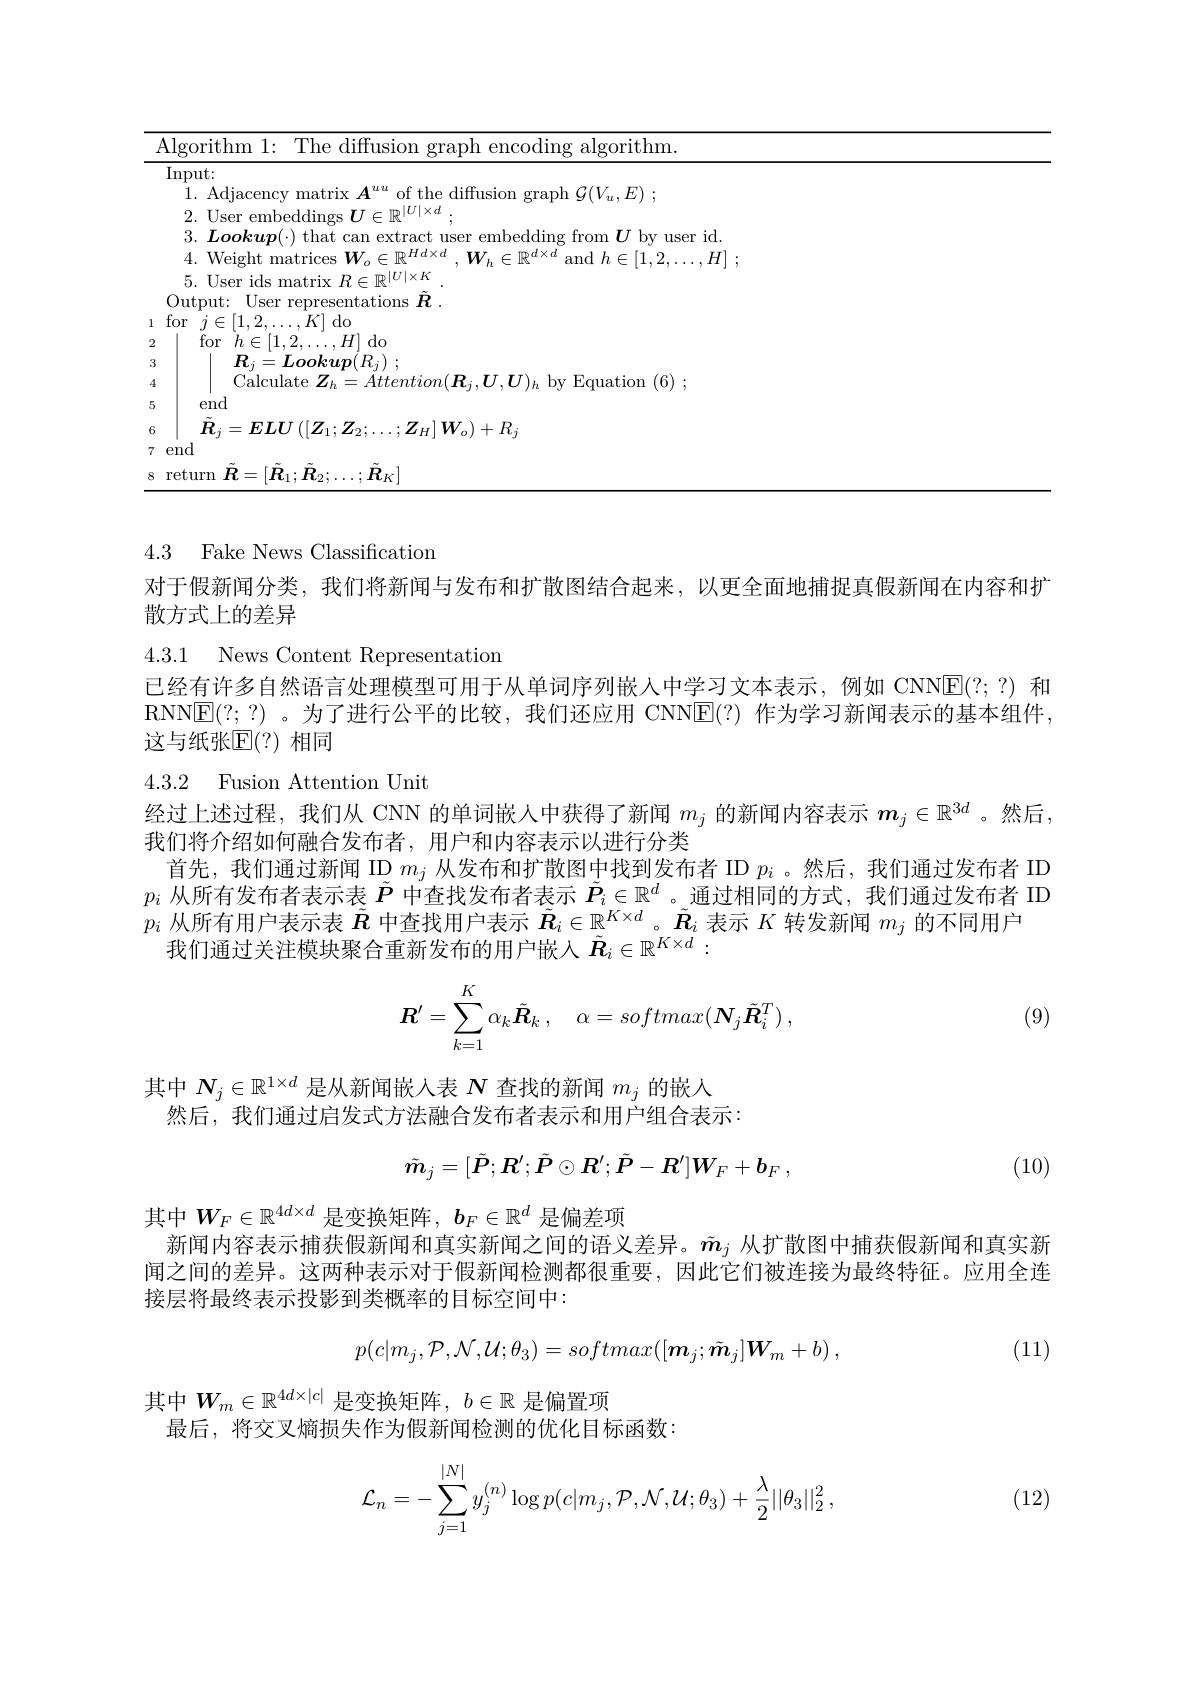
<table>
	<tbody>
		<tr>
			<td>4|rorthm$| \cdot$ $\Gamma^{\prime}h\rho f$ diffusiom granh encoding algorithm</td>
		</tr>
		<tr>
			<td>Input: </td>
		</tr>
		<tr>
			<td>1.Adiacen sf the diftision a $\operatorname { \mathrm{granh~}} \mathcal{C} ( V_{\ldots }E) :$</td>
		</tr>
		<tr>
			<td>2 I'ser embeddings $U\in\mathbb{R}^|U|\times d$</td>
		</tr>
		<tr>
			<td>$3~Lookm(.$ ha mbedding from$\boldsymbol{U}$bv user id</td>
		</tr>
		<tr>
			<td>4. Weight matrices $W_{\circ}\in$ $\mathbf{W}_{\cdot}\subset\mathbb{P}^{d\times}$ $\operatorname { and} h\in [ 1, 2\ldots \ldots H]$ .</td>
		</tr>
		<tr>
			<td>5 Ilser ids matriv $R\in\mathbb{R}^|U|\times K$</td>
		</tr>
		<tr>
			<td>Output: User representations $R$</td>
		</tr>
		<tr>
			<td>for$j\in[1,2,\ldots,K]$do</td>
		</tr>
		<tr>
			<td>for$h\in[1,2,\ldots,H]$do</td>
		</tr>
		<tr>
			<td>$\boldsymbol{R}_{j}= \boldsymbol{Lookup}( R_{j})$ ;</td>
		</tr>
		<tr>
			<td>Calculate $Z_h=Attention(\boldsymbol{R}_j,\boldsymbol{U},\boldsymbol{U})_h$ by Equation (6);</td>
		</tr>
		<tr>
			<td>end</td>
		</tr>
		<tr>
			<td>$\boldsymbol{R}_{j}=\boldsymbol{ELU}\left(\left[\boldsymbol{Z}_{1};\boldsymbol{Z}_{2};\ldots;\boldsymbol{Z}_{H}\right]\boldsymbol{W}_{o}\right)+R_{j}$</td>
		</tr>
		<tr>
			<td>end</td>
		</tr>
		<tr>
			<td>$\operatorname{return}\tilde{\boldsymbol{R}}=[\tilde{\boldsymbol{R}}_{1};\tilde{\boldsymbol{R}}_{2};\ldots;\tilde{\boldsymbol{R}}_{K}]$</td>
		</tr>
	</tbody>
</table>

4.3 Fake News Classification

4.3.1 News Content Representation

### 4.3.2 Fusion Attention Unit

对于假新闻分类，我们将新闻与发布和扩散图结合起来，以更全面地捕捉真假新闻在内容和扩
散方式上的差异
已经有许多自然语言处理模型可用于从单词序列嵌人中学习文本表示，例如 CNNE(?;?)和RNN$\overline{\mathrm{E}}(?;?)$ 。为了进行公平的比较，我们还应用 CNN$\overline{\mathrm{E}}(?)$作为学习新闻表示的基本组件， 这与纸张E(?) 相同
经过上述过程，我们从 CNN 的单词嵌入中获得了新闻$m_j$的新闻内容表示$\boldsymbol{m}_j\in\mathbb{R}^{3d}$ 。然后，
我们将介绍如何融合发布者，用户和内容表示以进行分类
首先，我们通过新闻 ID $m_j$从发布和扩散图中找到发布者 ID $p_i$ 。然后，我们通过发布者 ID $\begin{array}{l}p_i\text{ 从所有发布者表示表 }\tilde{\boldsymbol{P}}\text{ 中查找发布者表示 }\tilde{\boldsymbol{P}}_i\in\mathbb{R}^d\text{。通过相同的方式，我们通过发布者 I}\Gamma\\p_i\text{ 从所有用户表示表 }\tilde{\boldsymbol{R}}\text{ 中查找用户表示 }\tilde{\boldsymbol{R}}_i\in\tilde{\mathbb{R}}^{K\times d}\text{。}\tilde{\boldsymbol{R}}_i\text{ 表示 }K\text{ 转发新闻 }m_j\text{ 的不同用户}\end{array}$
我们通过关注模块聚合重新发布的用户嵌入$\tilde{\boldsymbol{R}}_i\in\mathbb{R}^{K\times d}:$
$$R'=\sum_{k=1}^K\alpha_k\tilde{R}_k\:,\quad\alpha=softmax(\boldsymbol{N}_j\tilde{\boldsymbol{R}}_i^T)\:,$$
(9)

其中$N_j\in\mathbb{R}^{1\times d}$是从新闻嵌入表$N$查找的新闻$m_j$的嵌人
然后，我们通过启发式方法融合发布者表示和用户组合表示：
$$\tilde{m}_j=[\tilde{\boldsymbol{P}};\boldsymbol{R}^{\prime};\tilde{\boldsymbol{P}}\odot\boldsymbol{R}^{\prime};\tilde{\boldsymbol{P}}-\boldsymbol{R}^{\prime}]\boldsymbol{W}_F+\boldsymbol{b}_F\:,$$
(10)

其中$W_F\in\mathbb{R}^{4d\times d}$是变换矩阵，$b_F\in\mathbb{R}^d$是偏差项
新闻内容表示捕获假新闻和真实新闻之间的语义差异。$\tilde{m}_j$从扩散图中捕获假新闻和真实新闻之间的差异。这两种表示对于假新闻检测都很重要，因此它们被连接为最终特征。应用全连接层将最终表示投影到类概率的目标空间中：
$$p(c|m_j,\mathcal{P},\mathcal{N},\mathcal{U};\theta_3)=softmax([\boldsymbol{m}_j;\tilde{\boldsymbol{m}}_j]\boldsymbol{W}_m+b)\:,$$
(11)

其中$W_m\in\mathbb{R}^{4d\times|c|}$是变换矩阵，$b\in\mathbb{R}$是偏置项
最后，将交叉熵损失作为假新闻检测的优化目标函数：

(12)
$$\mathcal{L}_{n}=-\sum_{j=1}^{|N|}y_{j}^{(n)}\log p(c|m_{j},\mathcal{P},\mathcal{N},\mathcal{U};\theta_{3})+\frac{\lambda}{2}||\theta_{3}||_{2}^{2}\:,$$